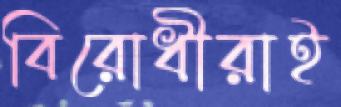
বিরোধীরাই